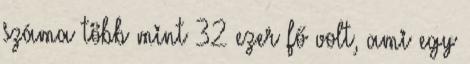
száma több mint 32 ezer fő volt, ami egy